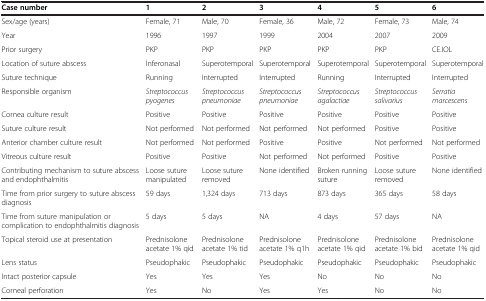
<table><thead><tr><td><b>Case number</b></td><td><b>1</b></td><td><b>2</b></td><td><b>3</b></td><td><b>4</b></td><td><b>5</b></td><td><b>6</b></td></tr></thead><tbody><tr><td>Sex/age (years)</td><td>Female, 71</td><td>Male, 70</td><td>Female, 36</td><td>Male, 72</td><td>Female, 73</td><td>Male, 74</td></tr><tr><td>Year</td><td>1996</td><td>1997</td><td>1999</td><td>2004</td><td>2007</td><td>2009</td></tr><tr><td>Prior surgery</td><td>PKP</td><td>PKP</td><td>PKP</td><td>PKP</td><td>PKP</td><td>CE.IOL</td></tr><tr><td>Location of suture abscess</td><td>Inferonasal</td><td>Superotemporal</td><td>Superotemporal</td><td>Superotemporal</td><td>Superotemporal</td><td>Superotemporal</td></tr><tr><td>Suture technique</td><td>Running</td><td>Interrupted</td><td>Interrupted</td><td>Running</td><td>Interrupted</td><td>Interrupted</td></tr><tr><td>Responsible organism</td><td><i>Streptococcus pyogenes</i></td><td><i>Streptococcus pneumoniae</i></td><td><i>Streptococcus pneumoniae</i></td><td><i>Streptococcus agalactiae</i></td><td><i>Streptococcus salivarius</i></td><td><i>Serratia marcescens</i></td></tr><tr><td>Cornea culture result</td><td>Positive</td><td>Positive</td><td>Positive</td><td>Positive</td><td>Positive</td><td>Positive</td></tr><tr><td>Suture culture result</td><td>Not performed</td><td>Not performed</td><td>Not performed</td><td>Not performed</td><td>Positive</td><td>Positive</td></tr><tr><td>Anterior chamber culture result</td><td>Not performed</td><td>Not performed</td><td>Positive</td><td>Positive</td><td>Not performed</td><td>Not performed</td></tr><tr><td>Vitreous culture result</td><td>Positive</td><td>Positive</td><td>Not performed</td><td>Not performed</td><td>Positive</td><td>Positive</td></tr><tr><td>Contributing mechanism to suture abscess and endophthalmitis</td><td>Loose suture manipulated</td><td>Loose suture removed</td><td>None identified</td><td>Broken running suture</td><td>Loose suture removed</td><td>None identified</td></tr><tr><td>Time from prior surgery to suture abscess diagnosis</td><td>59 days</td><td>1,324 days</td><td>713 days</td><td>873 days</td><td>365 days</td><td>58 days</td></tr><tr><td>Time from suture manipulation or complication to endophthalmitis diagnosis</td><td>5 days</td><td>5 days</td><td>NA</td><td>4 days</td><td>57 days</td><td>NA</td></tr><tr><td>Topical steroid use at presentation</td><td>Prednisolone acetate 1% qid</td><td>Prednisolone acetate 1% tid</td><td>Prednisolone acetate 1% q1h</td><td>Prednisolone acetate 1% qid</td><td>Prednisolone acetate 1% bid</td><td>Prednisolone acetate 1% qid</td></tr><tr><td>Lens status</td><td>Pseudophakic</td><td>Pseudophakic</td><td>Pseudophakic</td><td>Pseudophakic</td><td>Pseudophakic</td><td>Pseudophakic</td></tr><tr><td>Intact posterior capsule</td><td>Yes</td><td>Yes</td><td>Yes</td><td>No</td><td>No</td><td>No</td></tr><tr><td>Corneal perforation</td><td>Yes</td><td>No</td><td>Yes</td><td>Yes</td><td>No</td><td>No</td></tr></tbody></table>